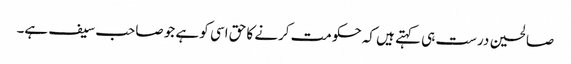
صالحین درست ہی کہتے ہیں کہ حکومت کرنے کا حق اسی کو ہے جو صاحب سیف ہے۔